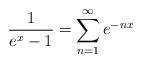
LaTeX: \begin{align*}\frac{1}{e^x-1}= \sum_{n=1}^{\infty} e^{-n x}\end{align*}